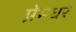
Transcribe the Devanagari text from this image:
प्रेमधर